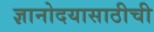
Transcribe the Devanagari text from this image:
ज्ञानोदयासाठीची